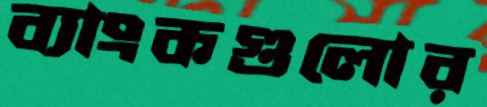
ব্যাংকগুলোর